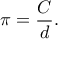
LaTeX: \pi = { \frac { C } { d } } .